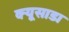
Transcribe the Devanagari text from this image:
क्यूसाडा